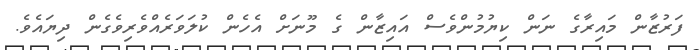
ފަރުޒާން މައިރާގެ ނަން ކިޔުމުންވެސް އައިޒާން ގެ މޫނަށް އެހެން ކުލަވަރެއްވެރިވެގެން ދިޔައެވެ.